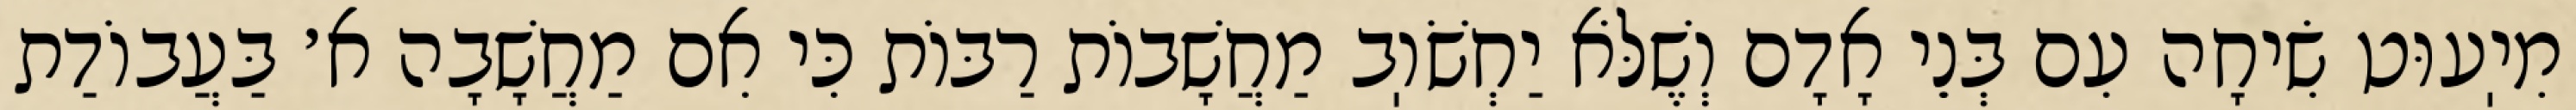
מִיֽעוּט שִׂיחָה עִם בְּנֵי אָדָם וְשֶׁלֹּא יַחְשֹׁוֽב מַחֲשָׁבוֹת רַבּוֹת כִּי אִם מַחֲשָׁבָה א׳ בַּעֲבוֹדַת